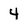
Character: 4